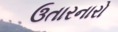
ઉતારનારો